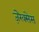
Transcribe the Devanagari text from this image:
ज़ेरेक्सेस